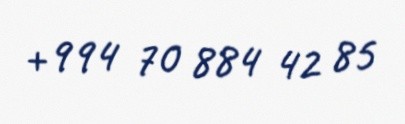
+994 70 884 42 85